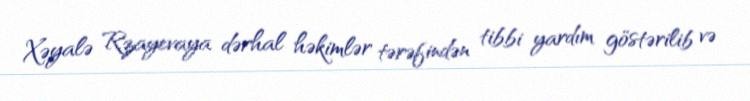
Xəyalə Rzayevaya dərhal həkimlər tərəfindən tibbi yardım göstərilib və